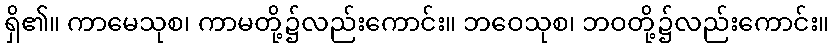
ရှိ၏။ ကာမေသုစ၊ ကာမတို့၌လည်းကောင်း။ ဘဝေသုစ၊ ဘဝတို့၌လည်းကောင်း။